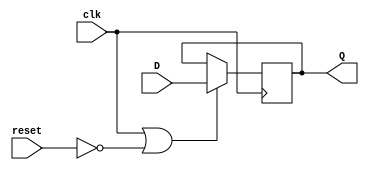
`timescale 1ns / 1ps
//////////////////////////////////////////////////////////////////////////////////
// Company: 
// Engineer: 
// 
// Design Name: 
// Module Name: dff_syn
// Project Name: 
// Target Devices: 
// Tool Versions: 
// Description: 
// 
// Dependencies: 
// 
// Revision:
// Revision 0.01 - File Created
// Additional Comments:
// 
//////////////////////////////////////////////////////////////////////////////////


module dff_syn(
    input D, clk,reset,
    output reg Q
    );
    always @(posedge clk)
        if(clk | !reset) begin
        Q <= D;
        end
        
      
endmodule